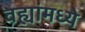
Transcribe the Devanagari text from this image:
वह्यांमध्ये